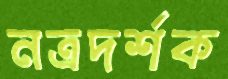
নত্রদর্শক